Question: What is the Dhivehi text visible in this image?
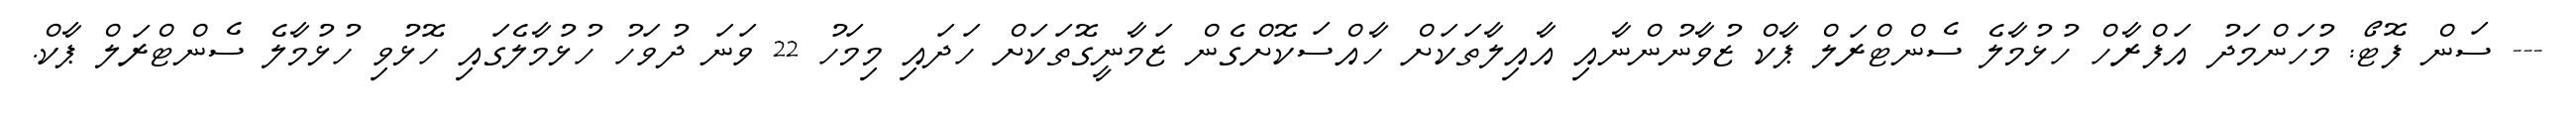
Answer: --- ސަން ފޮޓޯ: މުހަންމަދު އަފްރާހް ހުޅުމާލެ ސެންޓްރަލް ޕާކް ޒުވާނުންނާއި އާއިލާތަކަށް ހާއްސަކޮށްގެން ޒަމާނީގޮތަކަށް ހަދައި މިމަހު 22 ވަނަ ދުވަހު ހުޅުމާލެގައި ހޮޅުވި ހުޅުމާލެ ސެންޓްރަލް ޕާކް.